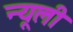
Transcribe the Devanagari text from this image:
न्यूली